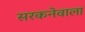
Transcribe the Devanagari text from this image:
सरकनेवाला